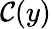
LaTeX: \mathcal{C}(y)